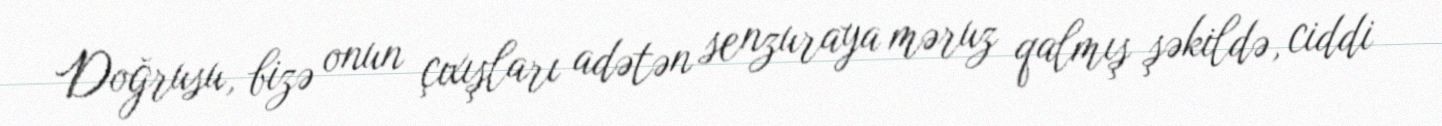
Doğrusu, bizə onun çıxışları adətən senzuraya məruz qalmış şəkildə, ciddi